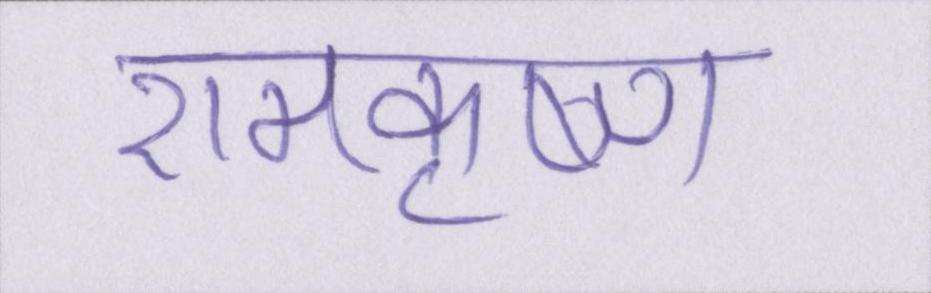
रामकृष्ण